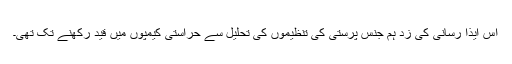
اس ایذا رسانی کی زد ہم جنس پرستی کی تنظیموں کی تحلیل سے حراستی کیمپوں میں قید رکھنے تک تھی۔